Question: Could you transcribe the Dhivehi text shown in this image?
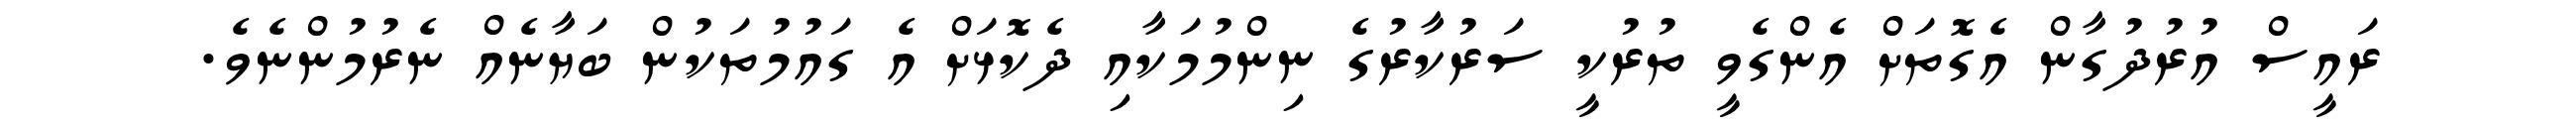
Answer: ރައީސް އުރުދުގާން އެގޮތަށް އެންގެވީ ތުރުކީ ސަރުކާރުގެ ނިންމުމަކާއި ދެކޮޅަށް އެ ގައުމުތަކުން ބަޔާނެއް ނެރުމުންނެވެ.